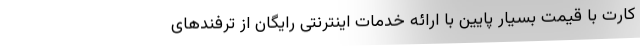
کارت با قیمت بسیار پایین با ارائه خدمات اینترنتی رایگان از ترفندهای